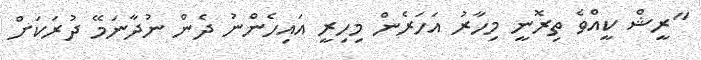
"ރީޝް ކީއްވެ ތިރޮނީ މިހާރު އަހަރެން މިހިރީ އައިހެންނު ދެން ނުދާނަމޭ ދުރަކަށް